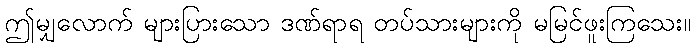
ဤမျှလောက် များပြားသော ဒဏ်ရာရ တပ်သားများကို မမြင်ဖူးကြသေး။